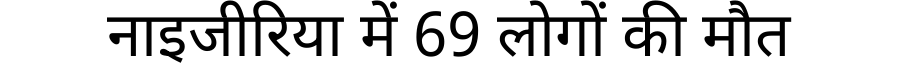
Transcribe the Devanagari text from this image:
नाइजीरिया में 69 लोगों की मौत